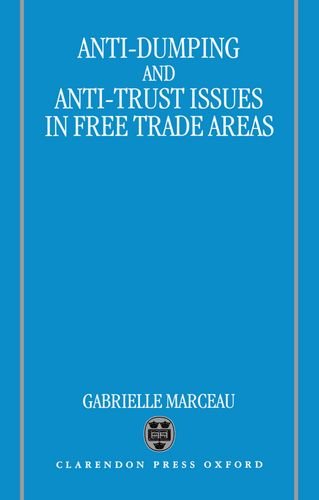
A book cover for Anti-Dumping and Anti-Trust Issues in Free-trade Areas; Gabrielle Marceau; Law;